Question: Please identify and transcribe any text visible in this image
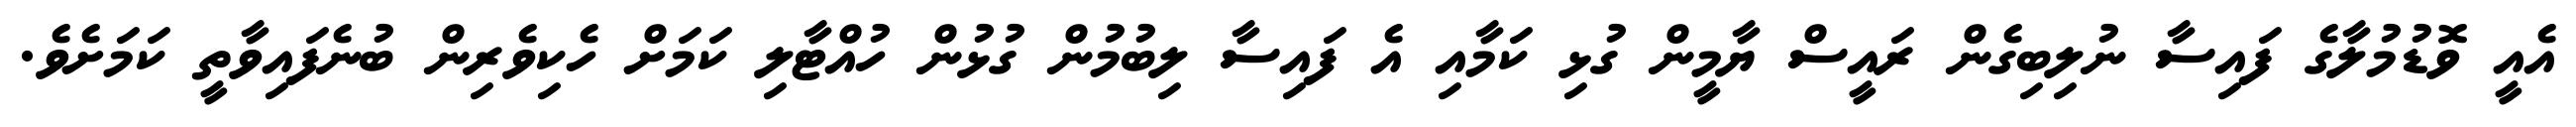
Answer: އެއީ ވޮޑުމުލާގެ ފައިސާ ނުލިބިގެން ރައީސް ޔާމީން ގުޅި ކަމާއި އެ ފައިސާ ލިބުމުން ގުޅުން ހުއްޓާލި ކަމަށް ހެކިވެރިން ބުނެފައިވާތީ ކަމަށެވެ.